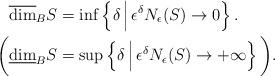
LaTeX: \begin{align*} \overline{\dim}_BS&=\inf\left\{\delta\,\Big|\,\epsilon^{\delta}N_\epsilon(S)\to0\right\}.\\ \bigg(\underline\dim_BS&=\sup\left\{\delta\,\Big|\,\epsilon^{\delta}N_\epsilon(S)\to+\infty\right\}\bigg). \end{align*}